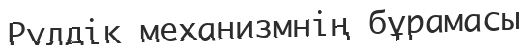
Рулдік механизмнің бұрамасы